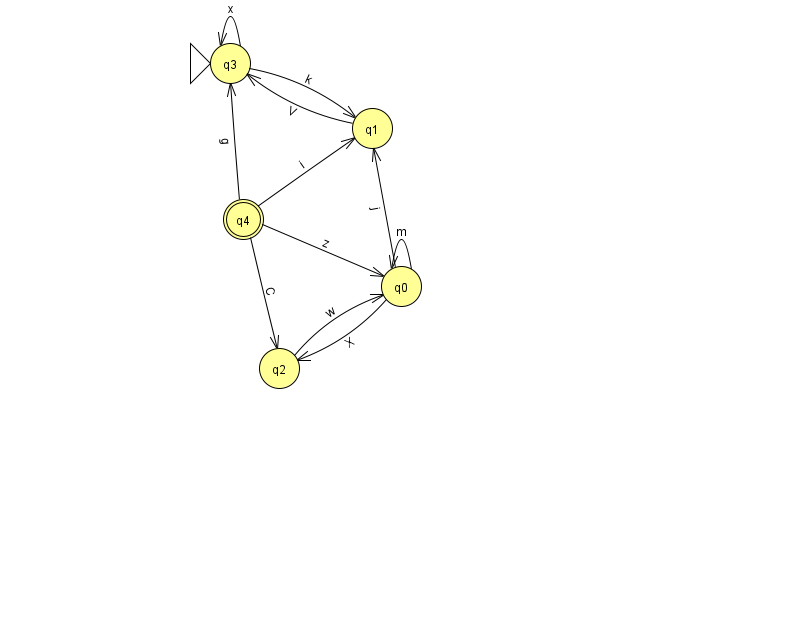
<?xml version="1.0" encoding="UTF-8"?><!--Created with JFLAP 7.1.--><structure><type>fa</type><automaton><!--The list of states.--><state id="0" name="q0"><x>401.0</x><y>273.0</y></state><state id="1" name="q1"><x>372.0</x><y>115.0</y></state><state id="2" name="q2"><x>279.0</x><y>355.0</y></state><state id="3" name="q3"><x>230.0</x><y>50.0</y><initial/></state><state id="4" name="q4"><x>243.0</x><y>206.0</y><final/></state><!--The list of transitions.--><transition><from>0</from><to>2</to><read>X</read></transition><transition><from>1</from><to>3</to><read>V</read></transition><transition><from>4</from><to>3</to><read>g</read></transition><transition><from>3</from><to>3</to><read>x</read></transition><transition><from>3</from><to>1</to><read>k</read></transition><transition><from>4</from><to>1</to><read>i</read></transition><transition><from>0</from><to>0</to><read>m</read></transition><transition><from>0</from><to>1</to><read>j</read></transition><transition><from>4</from><to>0</to><read>z</read></transition><transition><from>2</from><to>0</to><read>w</read></transition><transition><from>4</from><to>2</to><read>C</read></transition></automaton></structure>